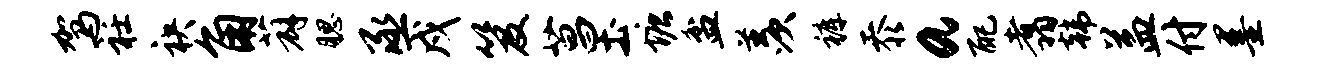
驾衽袂角薜腮丞戍笈菖土塘盆羡裤忝a配翥韩益付墨